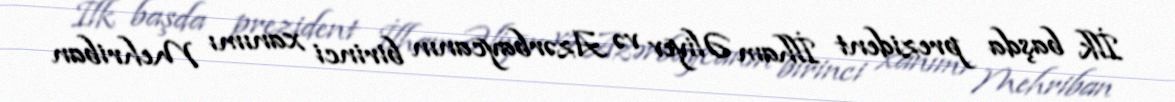
İlk başda prezident İlham Əliyev və Azərbaycanın birinci xanımı Mehriban